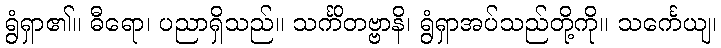
ရွံရှာ၏။ ဓီရော၊ ပညာရှိသည်။ သင်္ကိတဗ္ဗာနိ၊ ရွံရှာအပ်သည်တို့ကို။ သင်္ကေယျ၊